Leaving Certificate Examination (including Day School Certificate (Higher) General paper), 1930
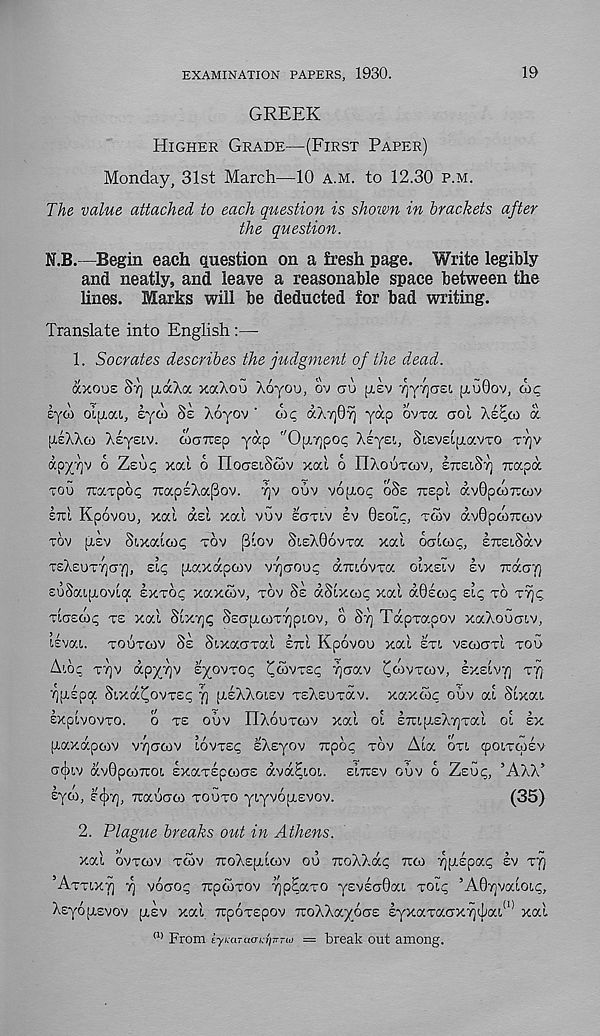
EXAMINATION PAPERS, 1930.
19
GREEK
HIGHER GRADE—(FIRST PAPER)
Monday, 31st March—10 A.M. to 12.30 P.M.
The value attached to each question is shown in brackets after
the question.
M.B.—Begin each question on a fresh page. Write legibly
and neatly, and leave a reasonable space between the
lines. Marks will be deducted for bad writing.
Translate into English:—
1. Socrates describes the judgment of the dead.
axous ST] [LOCKOL xaXou Xoyou, ov au jxev ^y7](j£(, jxuOov, ax;
eya) oiyai, eyco SE Xoyov ' o'i<; aikyfir} yap OVTOC aol AE^OI a
(liAAoi Asysiv. waTTEp yap r/ 0[j.Y]po<; Asysi, SiEVEipiavTO TTJV
dpyyv 6 ZEU; xal o noaEiSoav xal 6 ITAOUTCOV, ETOIST] Ttapa
TOU TCarpo; TrapsAaPov. 7]v OUV voptoc OSE Ttspl av0pd)7rcov
ETCI Kpovou, xal asl xal vuv scmv Iv 0EOLC, TWV dvOpcoTraiv
TOV [XEV Sixalax; TOV (3lov SisAOovxa xal OCTLOX;, ETTEiSav
TEAeuTTjay, EL; [xaxdpcov v/jcou; draovTa OLXELV EV rcdoy)
EuSaipLOvia EXTO; xaxaiv, TOV §E dSlxai; xal d0Eco; EL; TO TT);
TLasd); TE xal SLXTJ; SECT[JLCOT7]PLOV, O ST] TdpTapov xaAouaLv,
UvaL. TOUTOIV SE Sixaaxal ETTI Kpovoo xal ETL VECOGTI TOU
ALO; TT]v dpy7]v E^OVTO; ^COVTE; rjaav ^OOVTCOV, EXELVT) TT}
i)fi.Epa SLXOC^OVTE; 7] pisAAoisv TsAEUxav. xaxai; ouv al SlxaL
EXpLVOVTO.
0 TE OUV HAOUTOIV Xal OL ETuLp.EATjTal OL EX
(xaxdpaiv v/jaaiv LOVTE; sAsyov Trpo; TOV Ala OTL cpoLTWEv
cnjiLV dv0pa)7roL ExaTEptocE dvd^LOL. ELTTEV ouv 6 Zsu;, ’AAA*
£ya), EC])7], Trauaai TOUTO yiyvopLEVOv.
(35)
2. Plague breaks out in Athens.
xal OVTCOV TCOV TTOAEPLIOIV OU TtoAAd; TTCO LQfxspa; EV T^
’ATTLX^ ^ voao; TCpcoTOv ^p^axo ysvEG0aL TOL; ’A07]vaLOL;,
AsyopiEvov pLsv xal rupOTspov TroAAayoGS k.Y>ca.T(/.axr]<\ica w xal
a) From cyuaTaanTjTTTio — break out among.